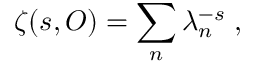
\zeta ( s , { \cal O } ) = \sum _ { n } \lambda _ { n } ^ { - s } \; ,